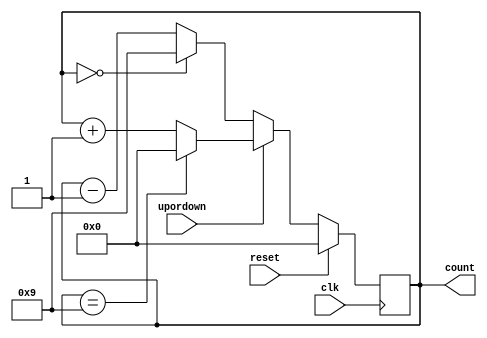
`timescale 1ns / 1ps
//////////////////////////////////////////////////////////////////////////////////
// Company: 
// Engineer: 
// 
// Author  Name: Ummidi Chandrika
// Module Name:    modN_updown Counter 
/////////////////////////////////////////////////////////////////////////////////
module modN_counter 
  # (parameter N = 10,
     parameter WIDTH = 4)
  
  ( input   clk,
    input   reset,
	input upordown,
   	output  reg[WIDTH-1:0] count);
 
  always @ (posedge clk )
  begin
    if (reset==1)
     count <= 0;
    
	else 
	if(upordown==1)      //Up Mode is selected
             if (count == N-1) 
       count <= 0;
		     else
		count<=count+1;  //increment counter
		
	else                //Down Mode is selected
	  if(count==0)
	count<=N-1;
	   else
	   count<=count-1;    //Decrement the counter
	
	
		

 
  end
endmodule